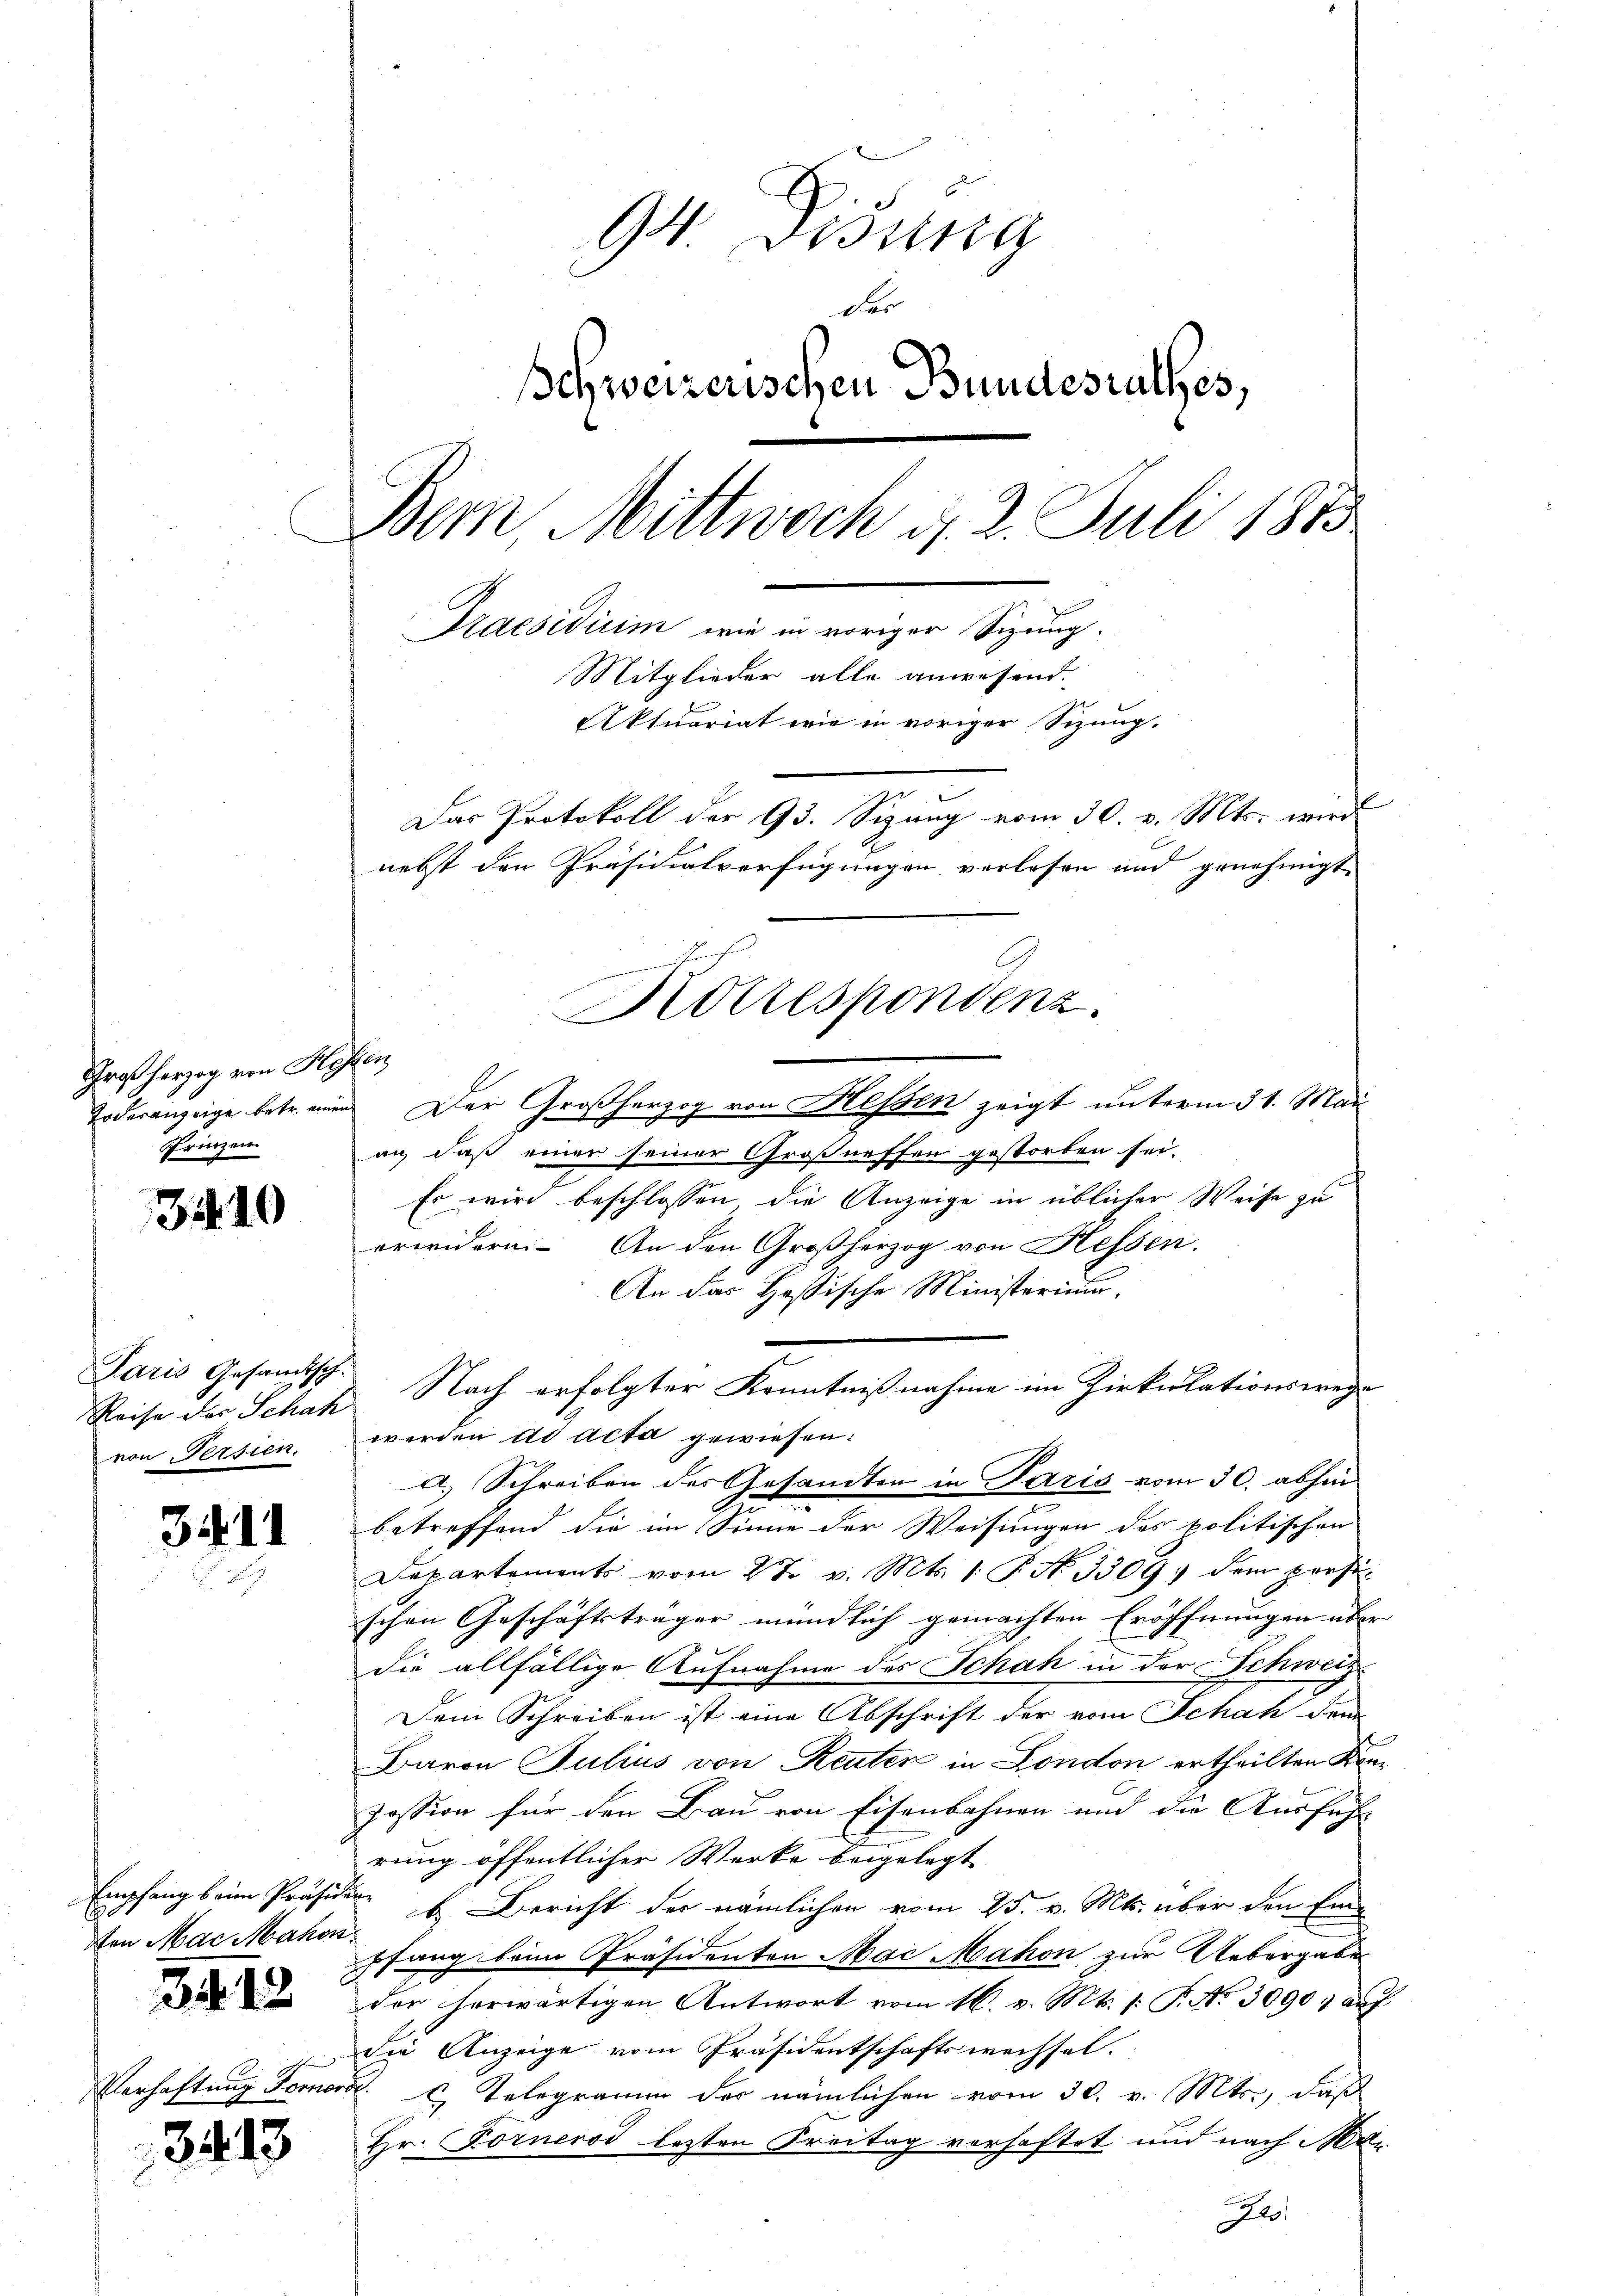
Großherzog von Hy
Todesanzeige betr. einen
Prinzen

3

10

Paris Gesandtsch.
Reise des Schak
von Persien.

341.

Empfang beim Präsiden
1
en Mai Mahon.

34. 12

Verhaftung Forner

3413

94 Disung
Far
Schweizerischen Bundesrathes,
Bem Mittwoch d. 2. Juli 1880
Praesidium wie in voriger Sizung.
Mitglieder alle anwesend.
Aktuariat wie in voriger Sitzung.
Das Protokoll der 93. Sizung vom 30. v. Mts. wird
nebst den Präsidialverfügungen verlesen und genehmigt.

1648
Der Großherzog von Hessen zeigt unterm 31. Mai
an, daß einer seiner Großneffen gestorben sei.
Es wird beschlossen die Anzeige in üblicher Weise zu
erwidern. An den Großherzog von Hessen.
An das Heßische Ministerium.
Nach erfolgter Kenntnißnahme im Zirkulationswege
werden ad acta gewiesen:
a) Schreiben des Gesandten in Paris vom 30. abhin
betreffend die im Sinne der Weisungen des politischen
Departements vom 27. v. Mts. 1. P. No. 3309 dem persschen Geschäftsträger mündlich gemachten Eröffnungen über
die allfällige Aufnahme des Schah in der Schweiz-
Dem Schreiben ist eine Abschrift der vom Schah dem
Baron Julius von Reuten in London ertheilten Kanzession für den Bau von Eisenbahnen und die Ausführ
rung öffentlicher Werke beigelegt
u E. Bericht der nämlichen vom 25. v. Mts. über den Einpfang beim Präsidenten Mai Mahon zur Uebergabe
der herwärtigen Antwort vom 16. v. Mts. 1. P. No 3090; auf
die Anzeige vom Präsidentschaftswechsel.
 Telegramm der nämlichen vom 30. v. Mts., daß
Hr. Förnerod lezten Freitag verhaftet und nach Mar
J

Korrespondenz.